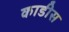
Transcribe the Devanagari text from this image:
काडीस